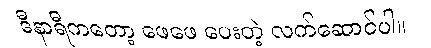
ဒီနာရီကတော့ ဖေဖေ ပေးတဲ့ လက်ဆောင်ပါ။